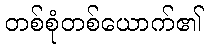
တစ်စုံတစ်ယောက်၏